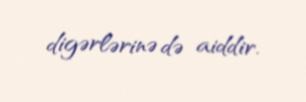
digərlərinə də aiddir.